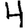
Digit: 4